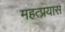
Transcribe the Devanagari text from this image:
महत्प्रयास